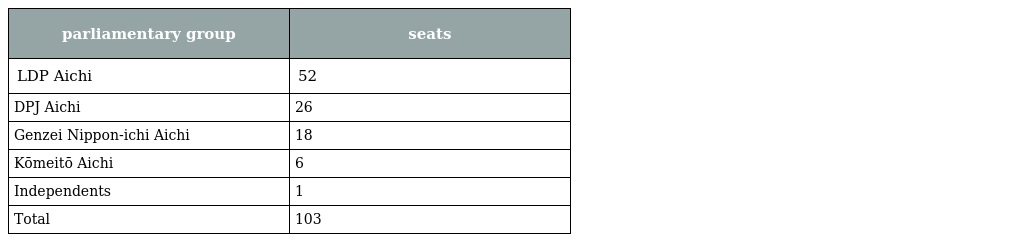
| parliamentary group | seats |
 | --- | --- |
 | LDP Aichi | 52 |
 | DPJ Aichi | 26 |
 | Genzei Nippon-ichi Aichi | 18 |
 | Kōmeitō Aichi | 6 |
 | Independents | 1 |
 | Total | 103 |